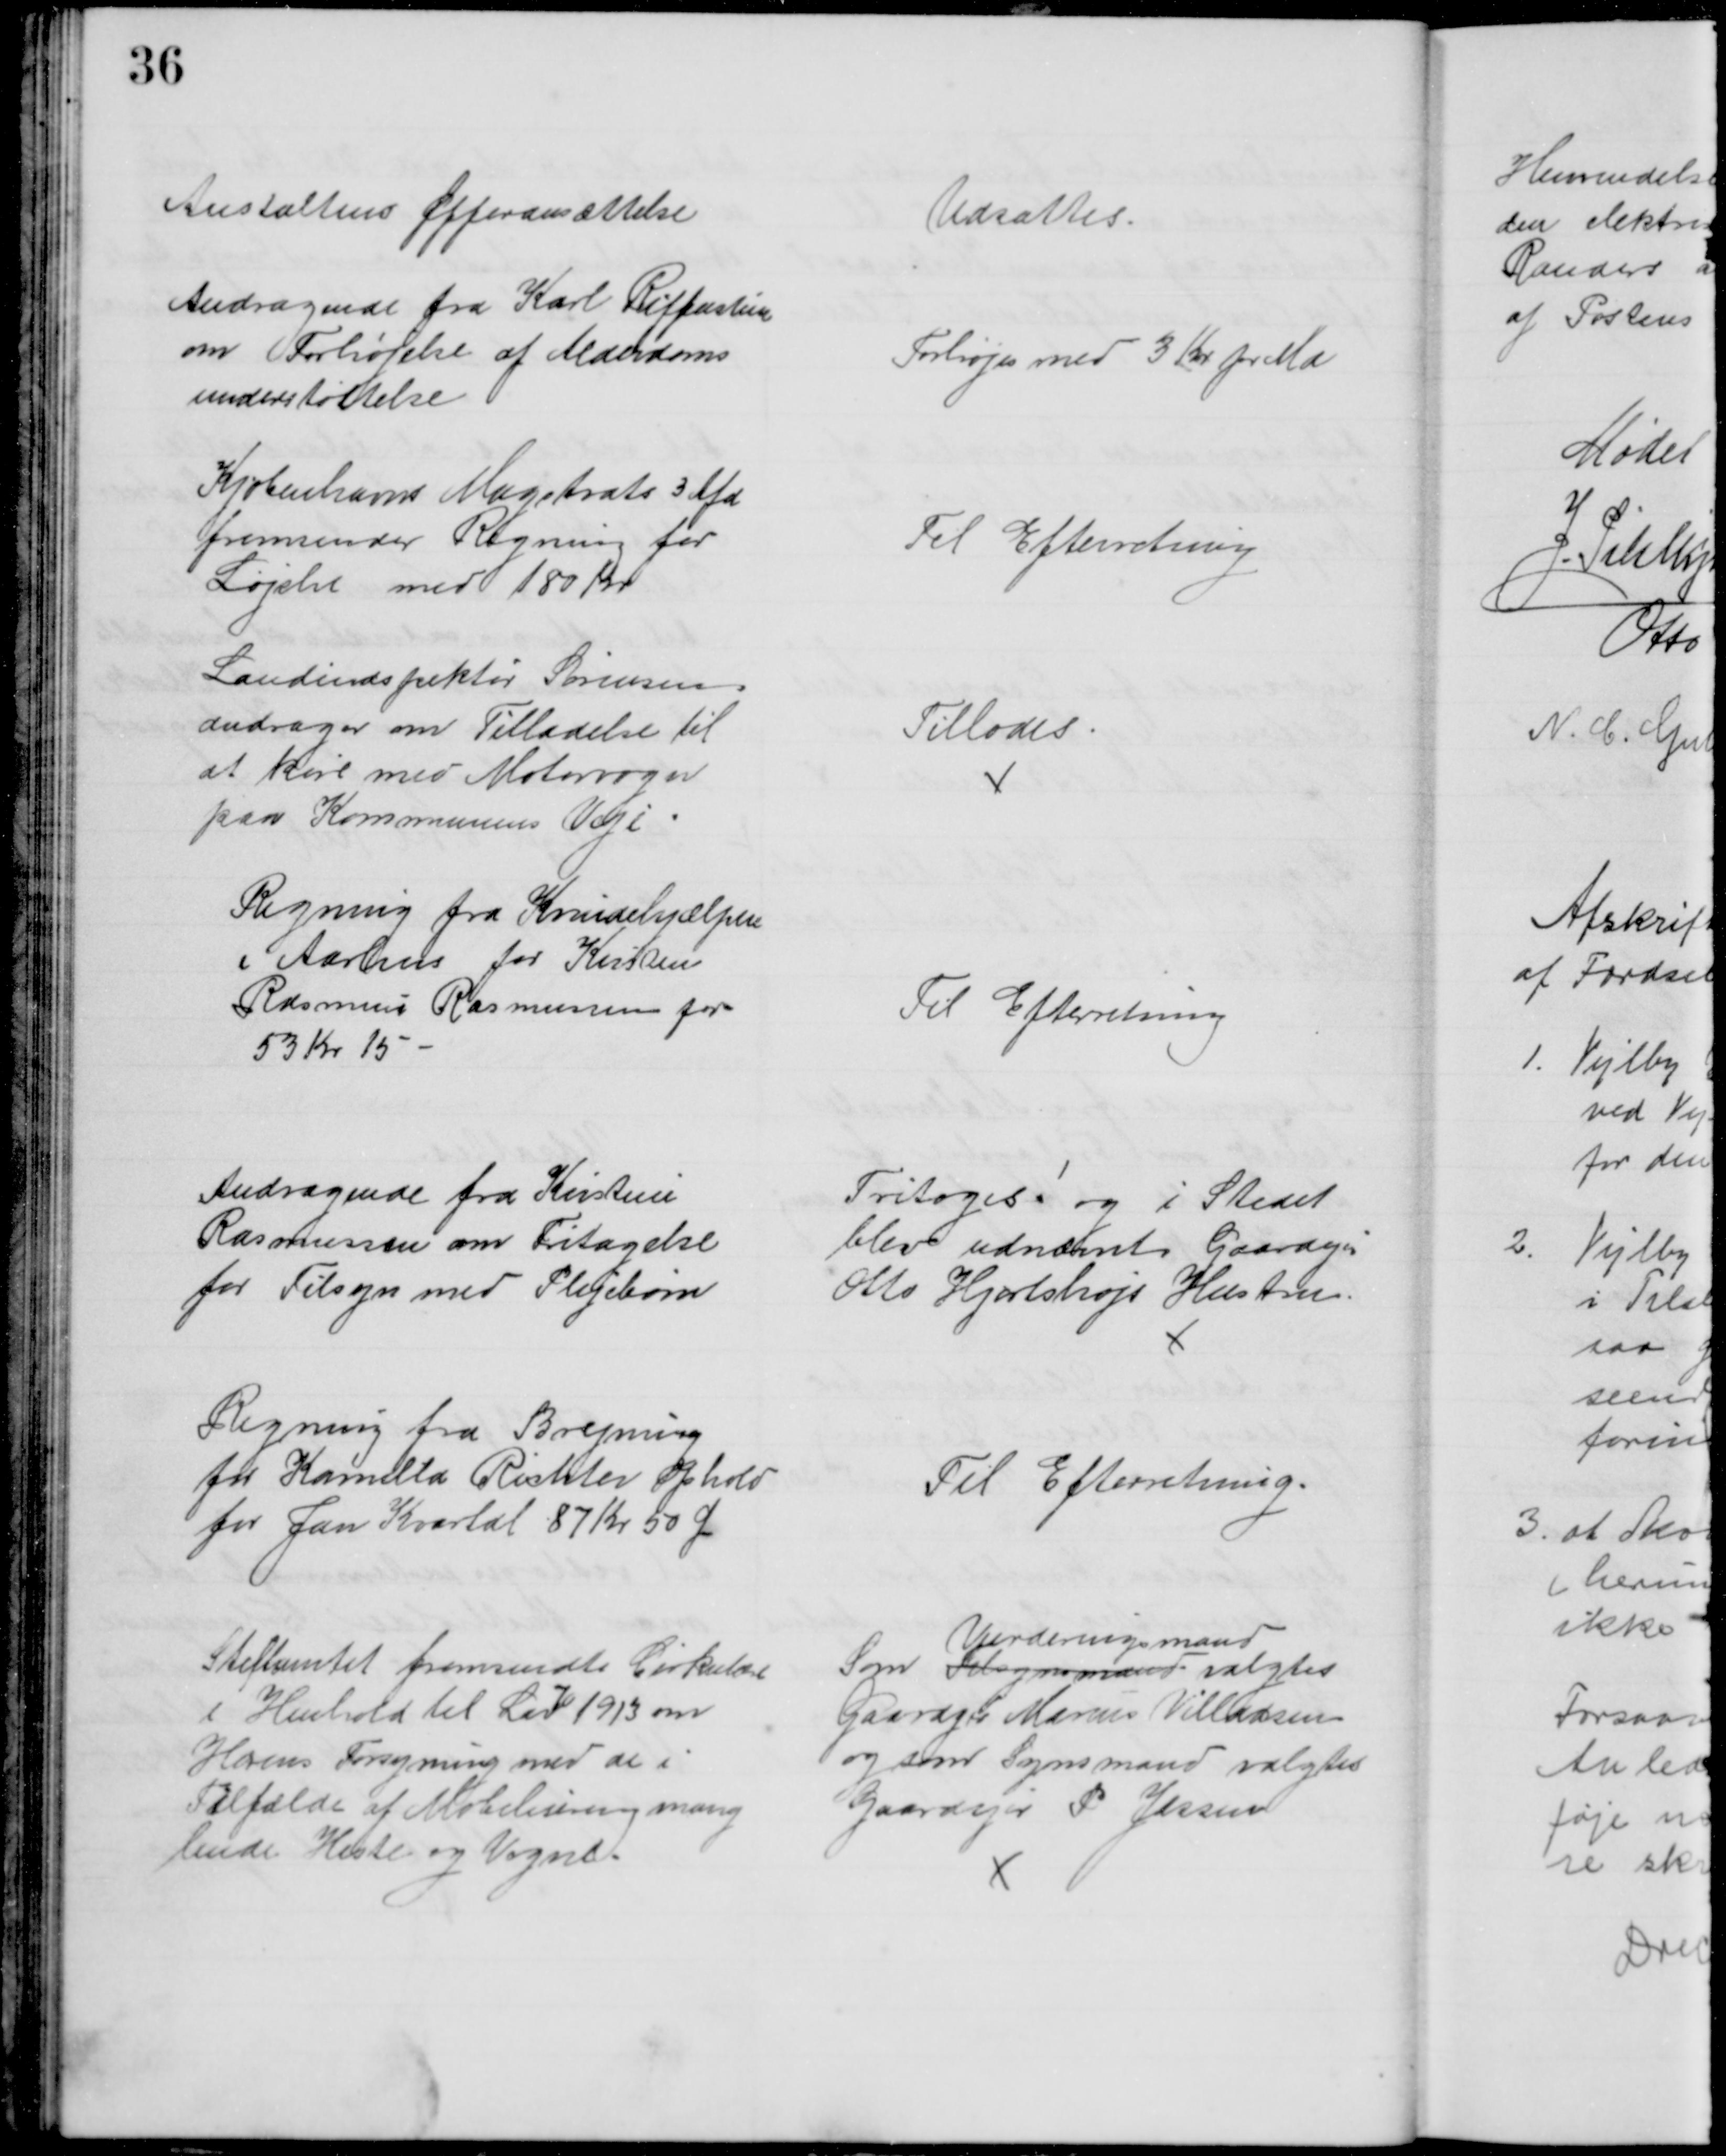
Transskription:
Anstaltens Offeransættelse
Udsattes.
Andragende fra Karl Reiffenstein
om Forhøjelse af Alderdoms
understøttelse
Forhøjes med 3 Kr pr Md
Kjøbenhavns Magstrats 3 Afd.
fremsender Regning for
Løjshe med 180 Kr
Til Efterretning
Landinspektør Sørensen
andrager om Tilladelse til 
at køre med Motorvogn
paa Kommunens Veje
Tillodes
Regning fra Kvindehjælpen
i Aarhus for Kirsten
Rasmus Rasmussen for
53 Kr 15
Til Efterretning
Andragende fra Kirstine
Rasmussen om Fritagelse
for Tilsyn med Plejebørn
Fritoges! og i Stedet
blev udnævnt Gaardejer
Otto Hjortshøjs Hustru
Regning fra Brejning
for Kamilla Richter Ophold
for Jan Kvartal 87 Kr 50 Ør
Til Efterretning.
Stiftamtet fremsendte Cirkulære
i Henhold til Lov 
70
1913 om
Hærens Forsyning med de i
Tilfælde af Mobilisering mang
lende Heste og Vogne.
Som Tilsynsmand 
Vurderingsmand
valgtes
Gaardejer Marius Villadsen
og som Synsmand valgtes
Gaardejer P. Jessen